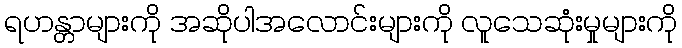
ရဟန္တာများကို အဆိုပါအလောင်းများကို လူသေဆုံးမှုများကို